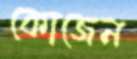
কোজেন